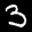
Label: 3